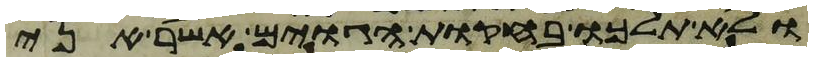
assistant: ולא תלכו בחקות הגוים אשר אני